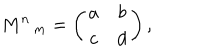
M ^ { n } \, _ { m } = \left( \begin{array} { c c } { { a } } & { { b } } \\ { { c } } & { { d } } \\ \end{array} \right) ,